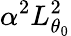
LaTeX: \alpha^{2}L_{\theta_{0}}^{2}